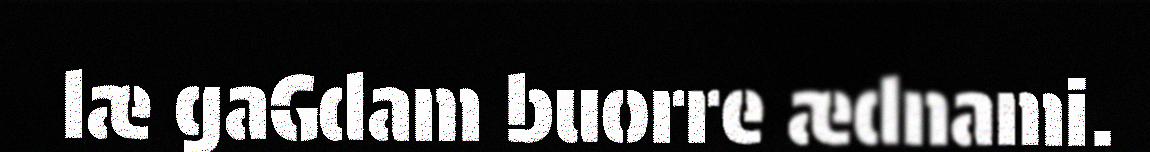
læ gaGdam buorre ædnami.